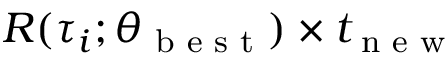
R ( \tau _ { i } ; \theta _ { \textrm { b e s t } } ) \times t _ { \textrm { n e w } }